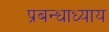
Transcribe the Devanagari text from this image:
प्रबन्धाध्याय